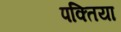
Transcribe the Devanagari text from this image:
पक्तिया